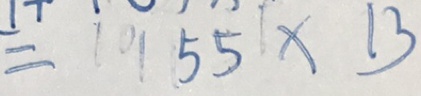
= 5 5 \times 1 3